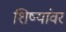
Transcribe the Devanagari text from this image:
शिष्यांवर